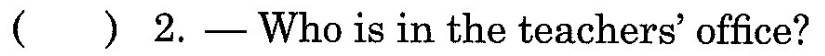
( ) 2.—Who is in the teachers'office?